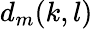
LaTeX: d_{m}(k,l)